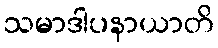
သမာဒါပနာယာတိ